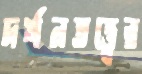
দর্শনতত্ত্বের